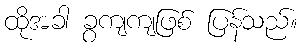
ထိုအခါ ခွကျကျဖြစ် ပြန်သည်။